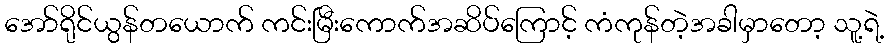
အော်ရိုင်ယွန်တယောက် ကင်းမြီးကောက်အဆိပ်ကြောင့် ကံကုန်တဲ့အခါမှာတော့ သူ့ရဲ့